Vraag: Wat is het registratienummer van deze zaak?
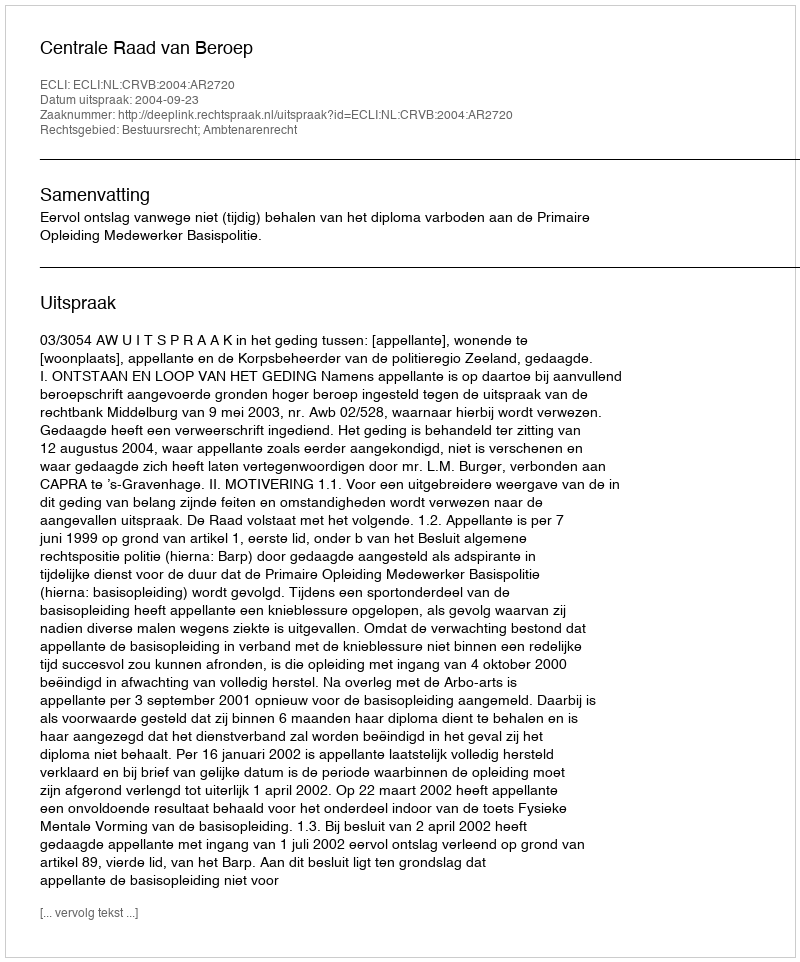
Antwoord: http://deeplink.rechtspraak.nl/uitspraak?id=ECLI:NL:CRVB:2004:AR2720